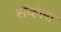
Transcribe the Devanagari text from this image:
सॅव्हेली